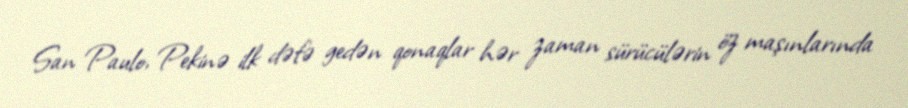
San Paulo, Pekinə ilk dəfə gedən qonaqlar hər zaman sürücülərin öz maşınlarında